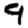
Digit: 9